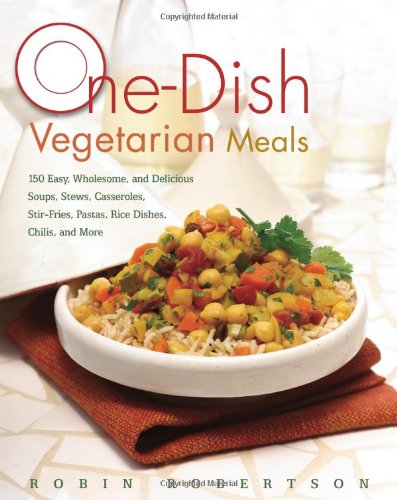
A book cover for One-Dish Vegetarian Meals: 150 Easy, Wholesome, and Delicious Soups, Stews, Casseroles, Stir-Fries, Pastas, Rice Dishes, Chilis; Robin Robertson; Cookbooks, Food & Wine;